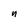
Character: n